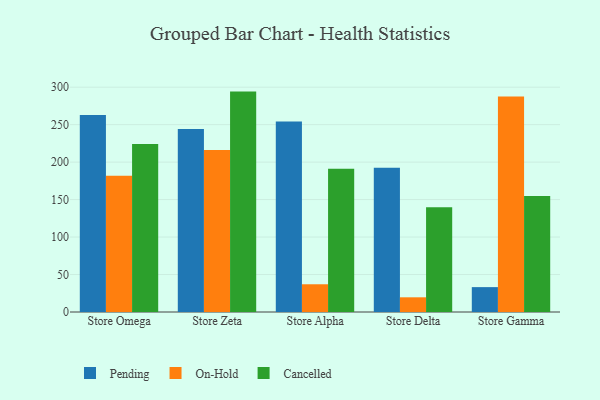
{"axis": {"x": "Store", "y": "Budget (USD K)"}, "legend": ["Cancelled", "On-Hold", "Pending"], "data": [{"x": "Store Omega", "y": 262.9, "type": "Pending"}, {"x": "Store Omega", "y": 181.9, "type": "On-Hold"}, {"x": "Store Omega", "y": 224.2, "type": "Cancelled"}, {"x": "Store Zeta", "y": 244.3, "type": "Pending"}, {"x": "Store Zeta", "y": 216.1, "type": "On-Hold"}, {"x": "Store Zeta", "y": 294.1, "type": "Cancelled"}, {"x": "Store Alpha", "y": 254.1, "type": "Pending"}, {"x": "Store Alpha", "y": 37.0, "type": "On-Hold"}, {"x": "Store Alpha", "y": 191.0, "type": "Cancelled"}, {"x": "Store Delta", "y": 192.6, "type": "Pending"}, {"x": "Store Delta", "y": 19.6, "type": "On-Hold"}, {"x": "Store Delta", "y": 139.9, "type": "Cancelled"}, {"x": "Store Gamma", "y": 33.2, "type": "Pending"}, {"x": "Store Gamma", "y": 287.4, "type": "On-Hold"}, {"x": "Store Gamma", "y": 154.9, "type": "Cancelled"}]}